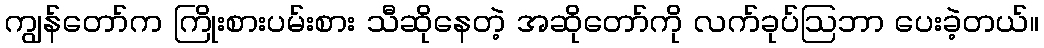
ကျွန်တော်က ကြိုးစားပမ်းစား သီဆိုနေတဲ့ အဆိုတော်ကို လက်ခုပ်ဩဘာ ပေးခဲ့တယ်။